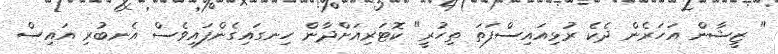
" ޒީޝާން އަހަރެން ދެކެ ރުޅިއައިސްފަތަ ތިހުރީ" ކޮޓަރިއަށްދާން ހިނގައިގެންފައިވެސް އެނބުރި އައިސް